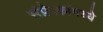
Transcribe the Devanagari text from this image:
संप्रेरकांमध्ये